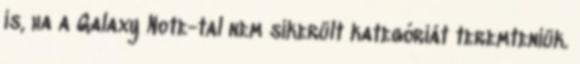
is, ha a Galaxy Note-tal nem sikerült kategóriát teremteniük.